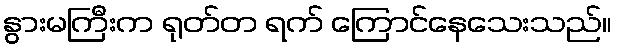
နွားမကြီးက ရုတ်တ ရက် ကြောင်နေသေးသည်။